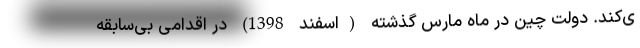
ی‌کند. دولت چین در ماه مارس گذشته (اسفند 1398) در اقدامی بی‌سابقه